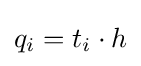
q_{i}=t_{i}\cdot h